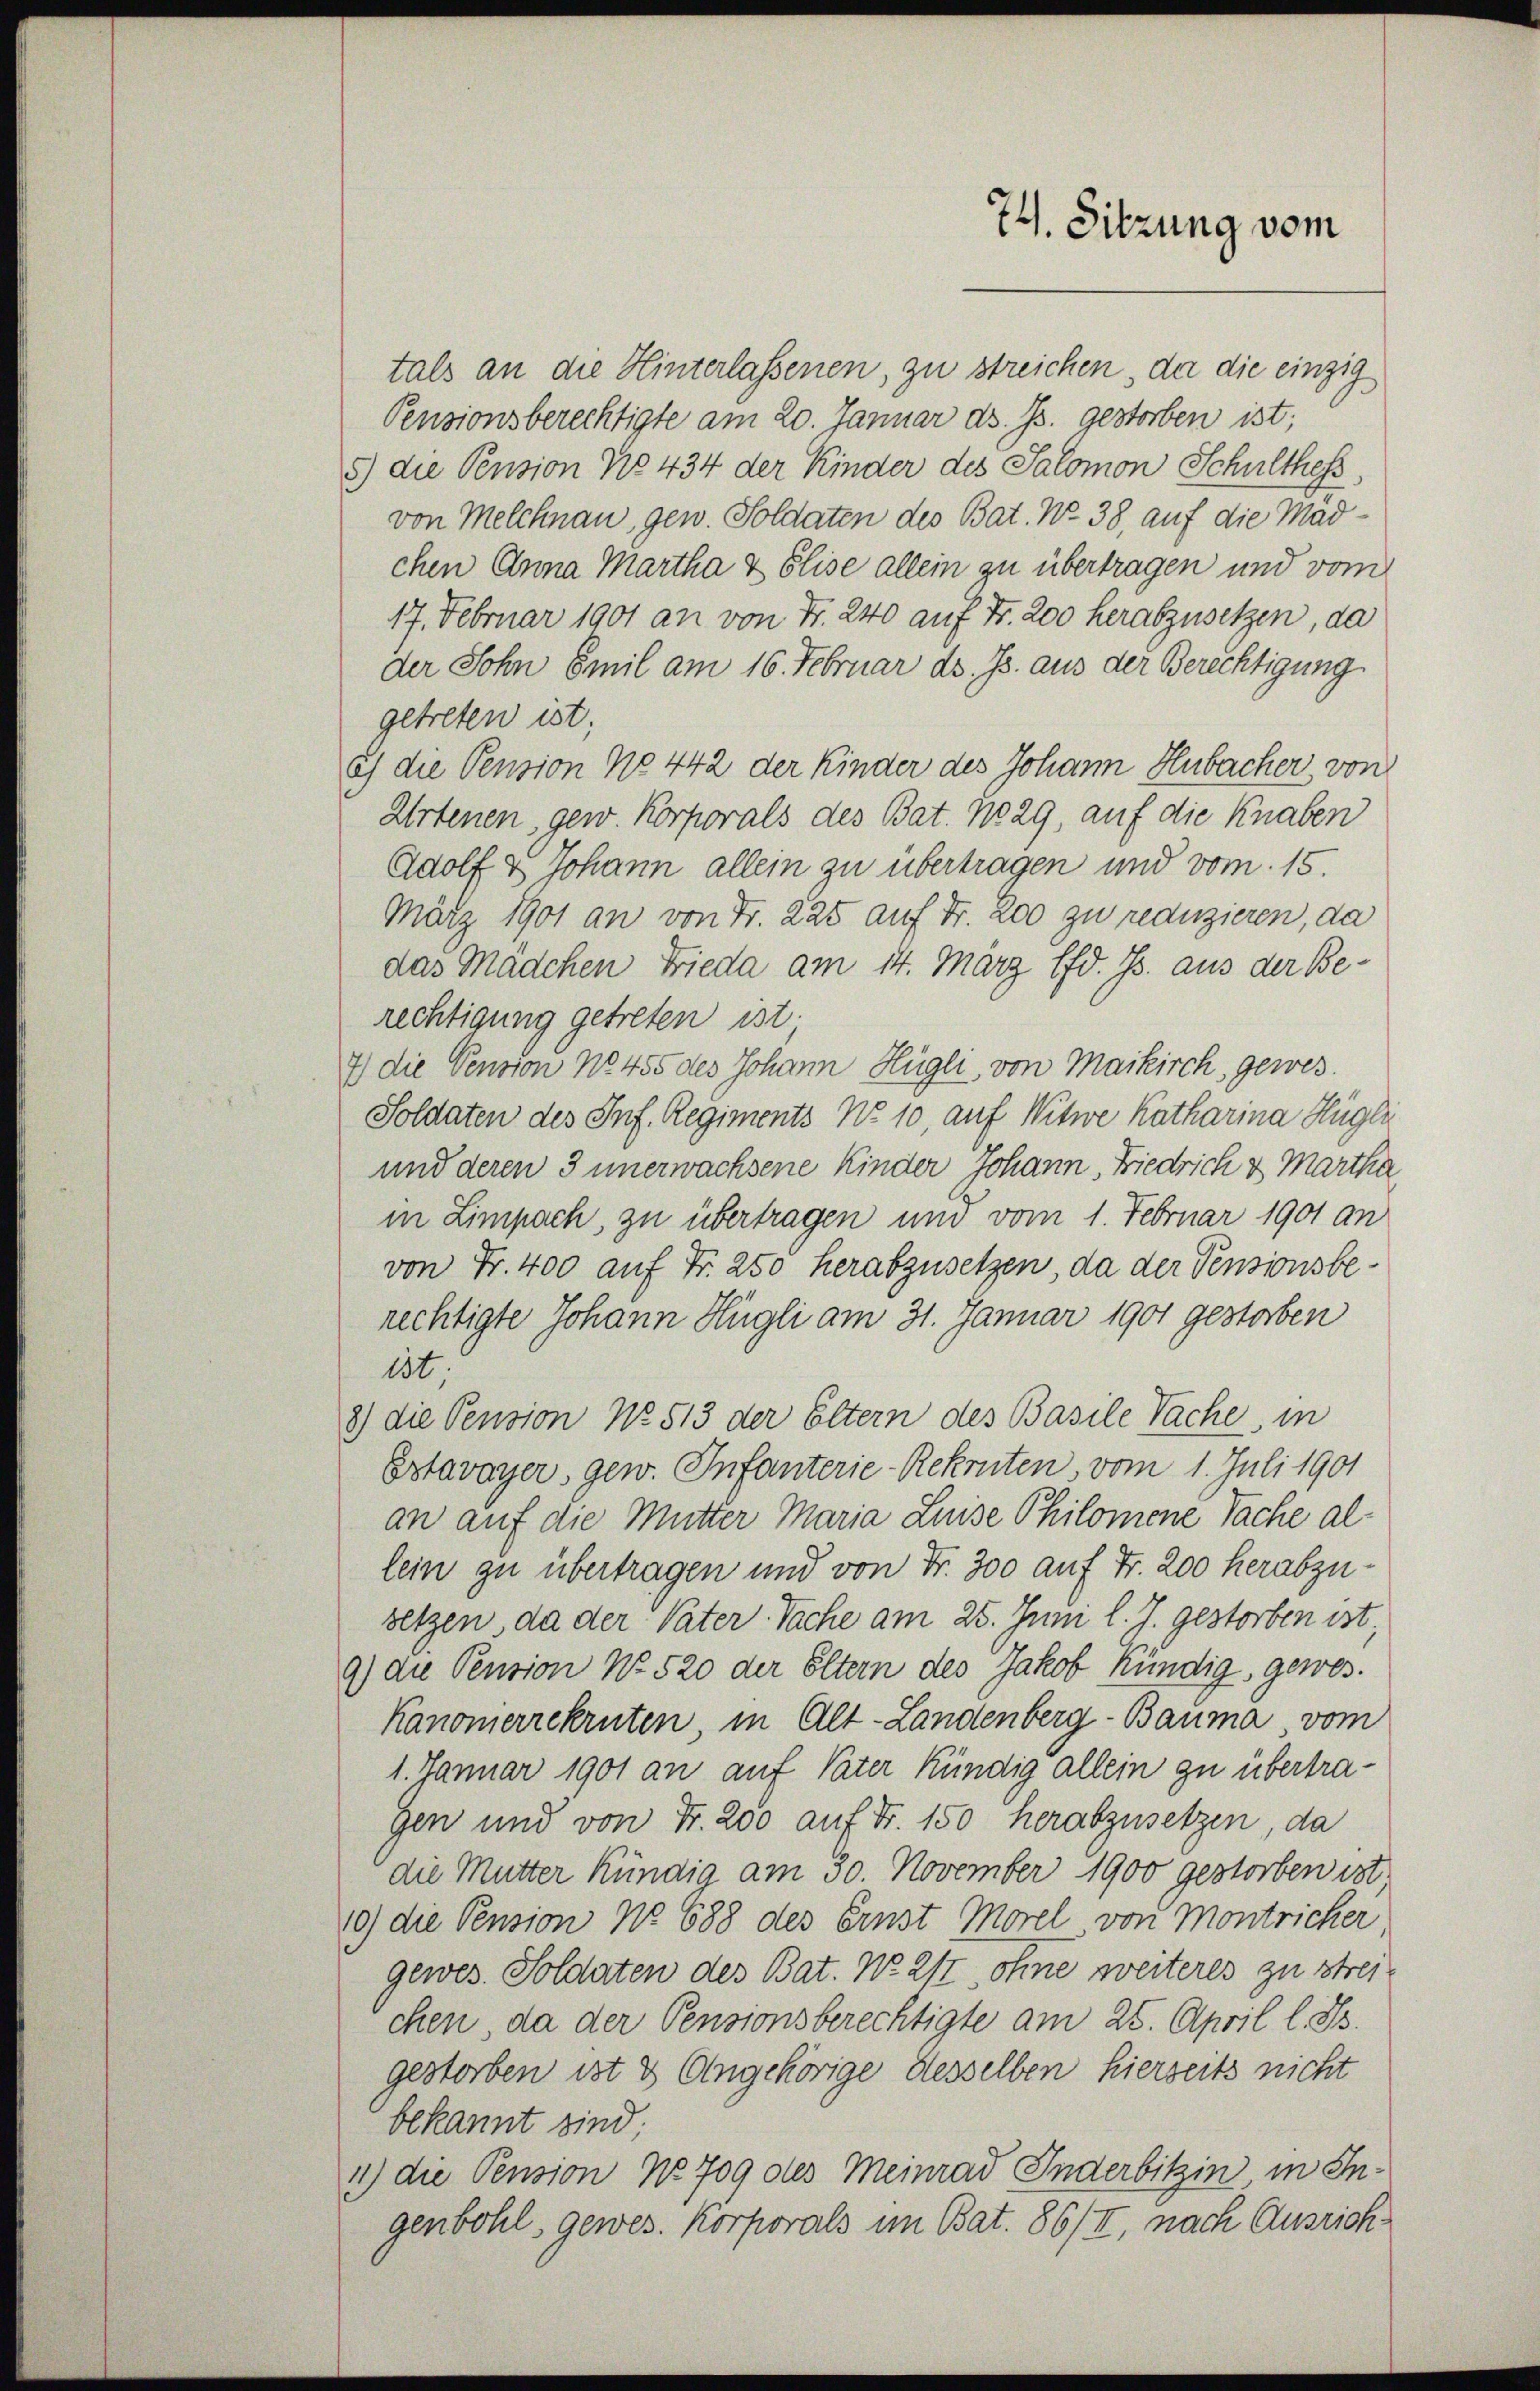
74. Sitzung vom

tals an die Hinterlassenen, zu streichen, da die einzig
Pensionsberechtigte am 20. Januar d. Js. gestorben ist;
5) die Pension No 434 der Kinder des Salomon Schulthess,
von Melchnau, gew. Soldaten des Bat. No. 38, auf die Madchen Anna Martha & Elise allein zu übertragen und vom
17. Februar 1901 an von Fr. 240 auf Fr. 200 herabzusetzen, da
der Sohn Emil am 16. Februar ds. Js. aus der Berechtigung
getreten ist;
e) die Pension No 442 der Kinder des Johann Hubacher, von
Artenen, gew. Korporals des Bat. No 29, auf die Knaben
Adolf & Johann allein zu übertragen und vom 15.
März 1901 an von Fr. 225 auf Fr. 200 zu reduzieren, da
das Mädchen Frieda am 14. März lfd. Js. aus der Berechtigung getreten ist;
7) die Pension No 455 des Johann Hügli, von Maikirch, gewes
Soldaten des Inf. Regiments No 10, auf Witwe Katharina Hügle
und deren 3 unerwachsene Kinder Johann, Biedrich & Martha
in Limpach, zu übertragen und vom 1. Februar 1901 an
von Fr. 400 auf Fr. 250 herabzusetzen, da der Pensionsberechtigte Johann Hügli am 31. Januar 1901 gestorben
ist.
8) die Pension No. 513 der Eltern des Basile Sache, in
Estavayer, gew. Infanterie-Rekruten, vom 1. Juli 1901
an auf die Mutter Maria Luise Philomene Sache allein zu übertragen und von Fr. 300 auf Fr. 200 herabzusetzen, da der Vater Sache am 25. Juni l. J. gestorben ist.
9) die Pension No 520 der Eltern des Jakob Kündig, gewes.
Kanonierrekruten, in Alt-Landenberg-Bauma vom
1. Januar 1901 an auf Vater kündig allein zu übertra¬
Gen und von Fr. 200 auf Fr. 150 herabzusetzen, da
die Mutter kündig am 30. November 1900 gestorben ist,
10) die Pension No 688 des Ernst Morel von Montricher,
gewes. Soldaten des Bat. No 21t ohne weiteres zu streichen, da der Pensionsberechtigte am 25. April l. Js.
gestorben ist & Angehörige desselben hierseits nicht
bekannt sind;
1) die Pension No 709 des Meinrad Inderbitzin in Ingenbohl, gewes. Korporals im Bat. 86/II, nach Ausrich¬